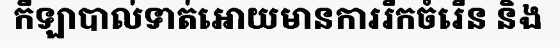
កីឡាបាល់ទាត់អោយមានការរីកចំរើន និង